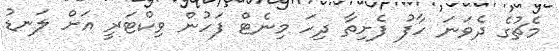
މެޗުގެ ދެވަނަ ހާފު ފެށިތާ ދިހަ މިނެޓް ފަހުން ވިކްޓަރީ އަށް ލަނޑު